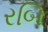
રબિ